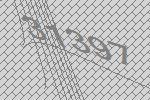
31397